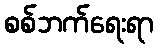
စစ်ဘက်ရေးရာ